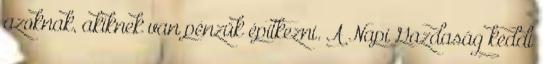
azoknak, akiknek van pénzük építkezni. A Napi Gazdaság keddi